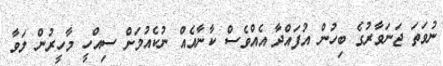
ނުވަތަ ޖަނަވާރުގެ ބިހުން އުފައްދާ އެއްވެސް ކާނާއެއް ނުކެއުމަށް ސިއްހީ މާހީރުން ލަވާ